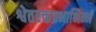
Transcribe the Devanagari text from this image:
श्वेतरक्तप्रभाभिन्नं